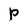
Character: P